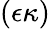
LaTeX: (\epsilon\kappa)